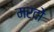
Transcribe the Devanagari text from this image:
मरदों